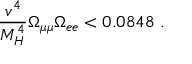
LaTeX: \frac { v ^ { 4 } } { M _ { H } ^ { 4 } } \Omega _ { \mu \mu } \Omega _ { e e } < 0 . 0 8 4 8 \ .